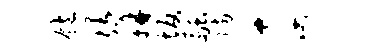
饱理胼坂融防奈